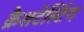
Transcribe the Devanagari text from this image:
क्रैशटेस्टिंग